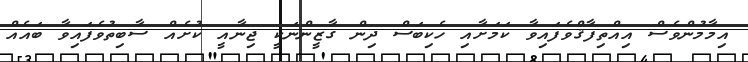
އިމާމުންވެސް އިއްތިފާޤްވެފައިވާ ކަމަށާއި ހެކިބަސް ދިން ގާޒީންނަކީ ޖިނާއީ ކުށެއް ސާބިތުވެފައިވާ ބައެއް